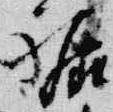
裾